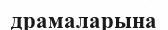
драмаларына